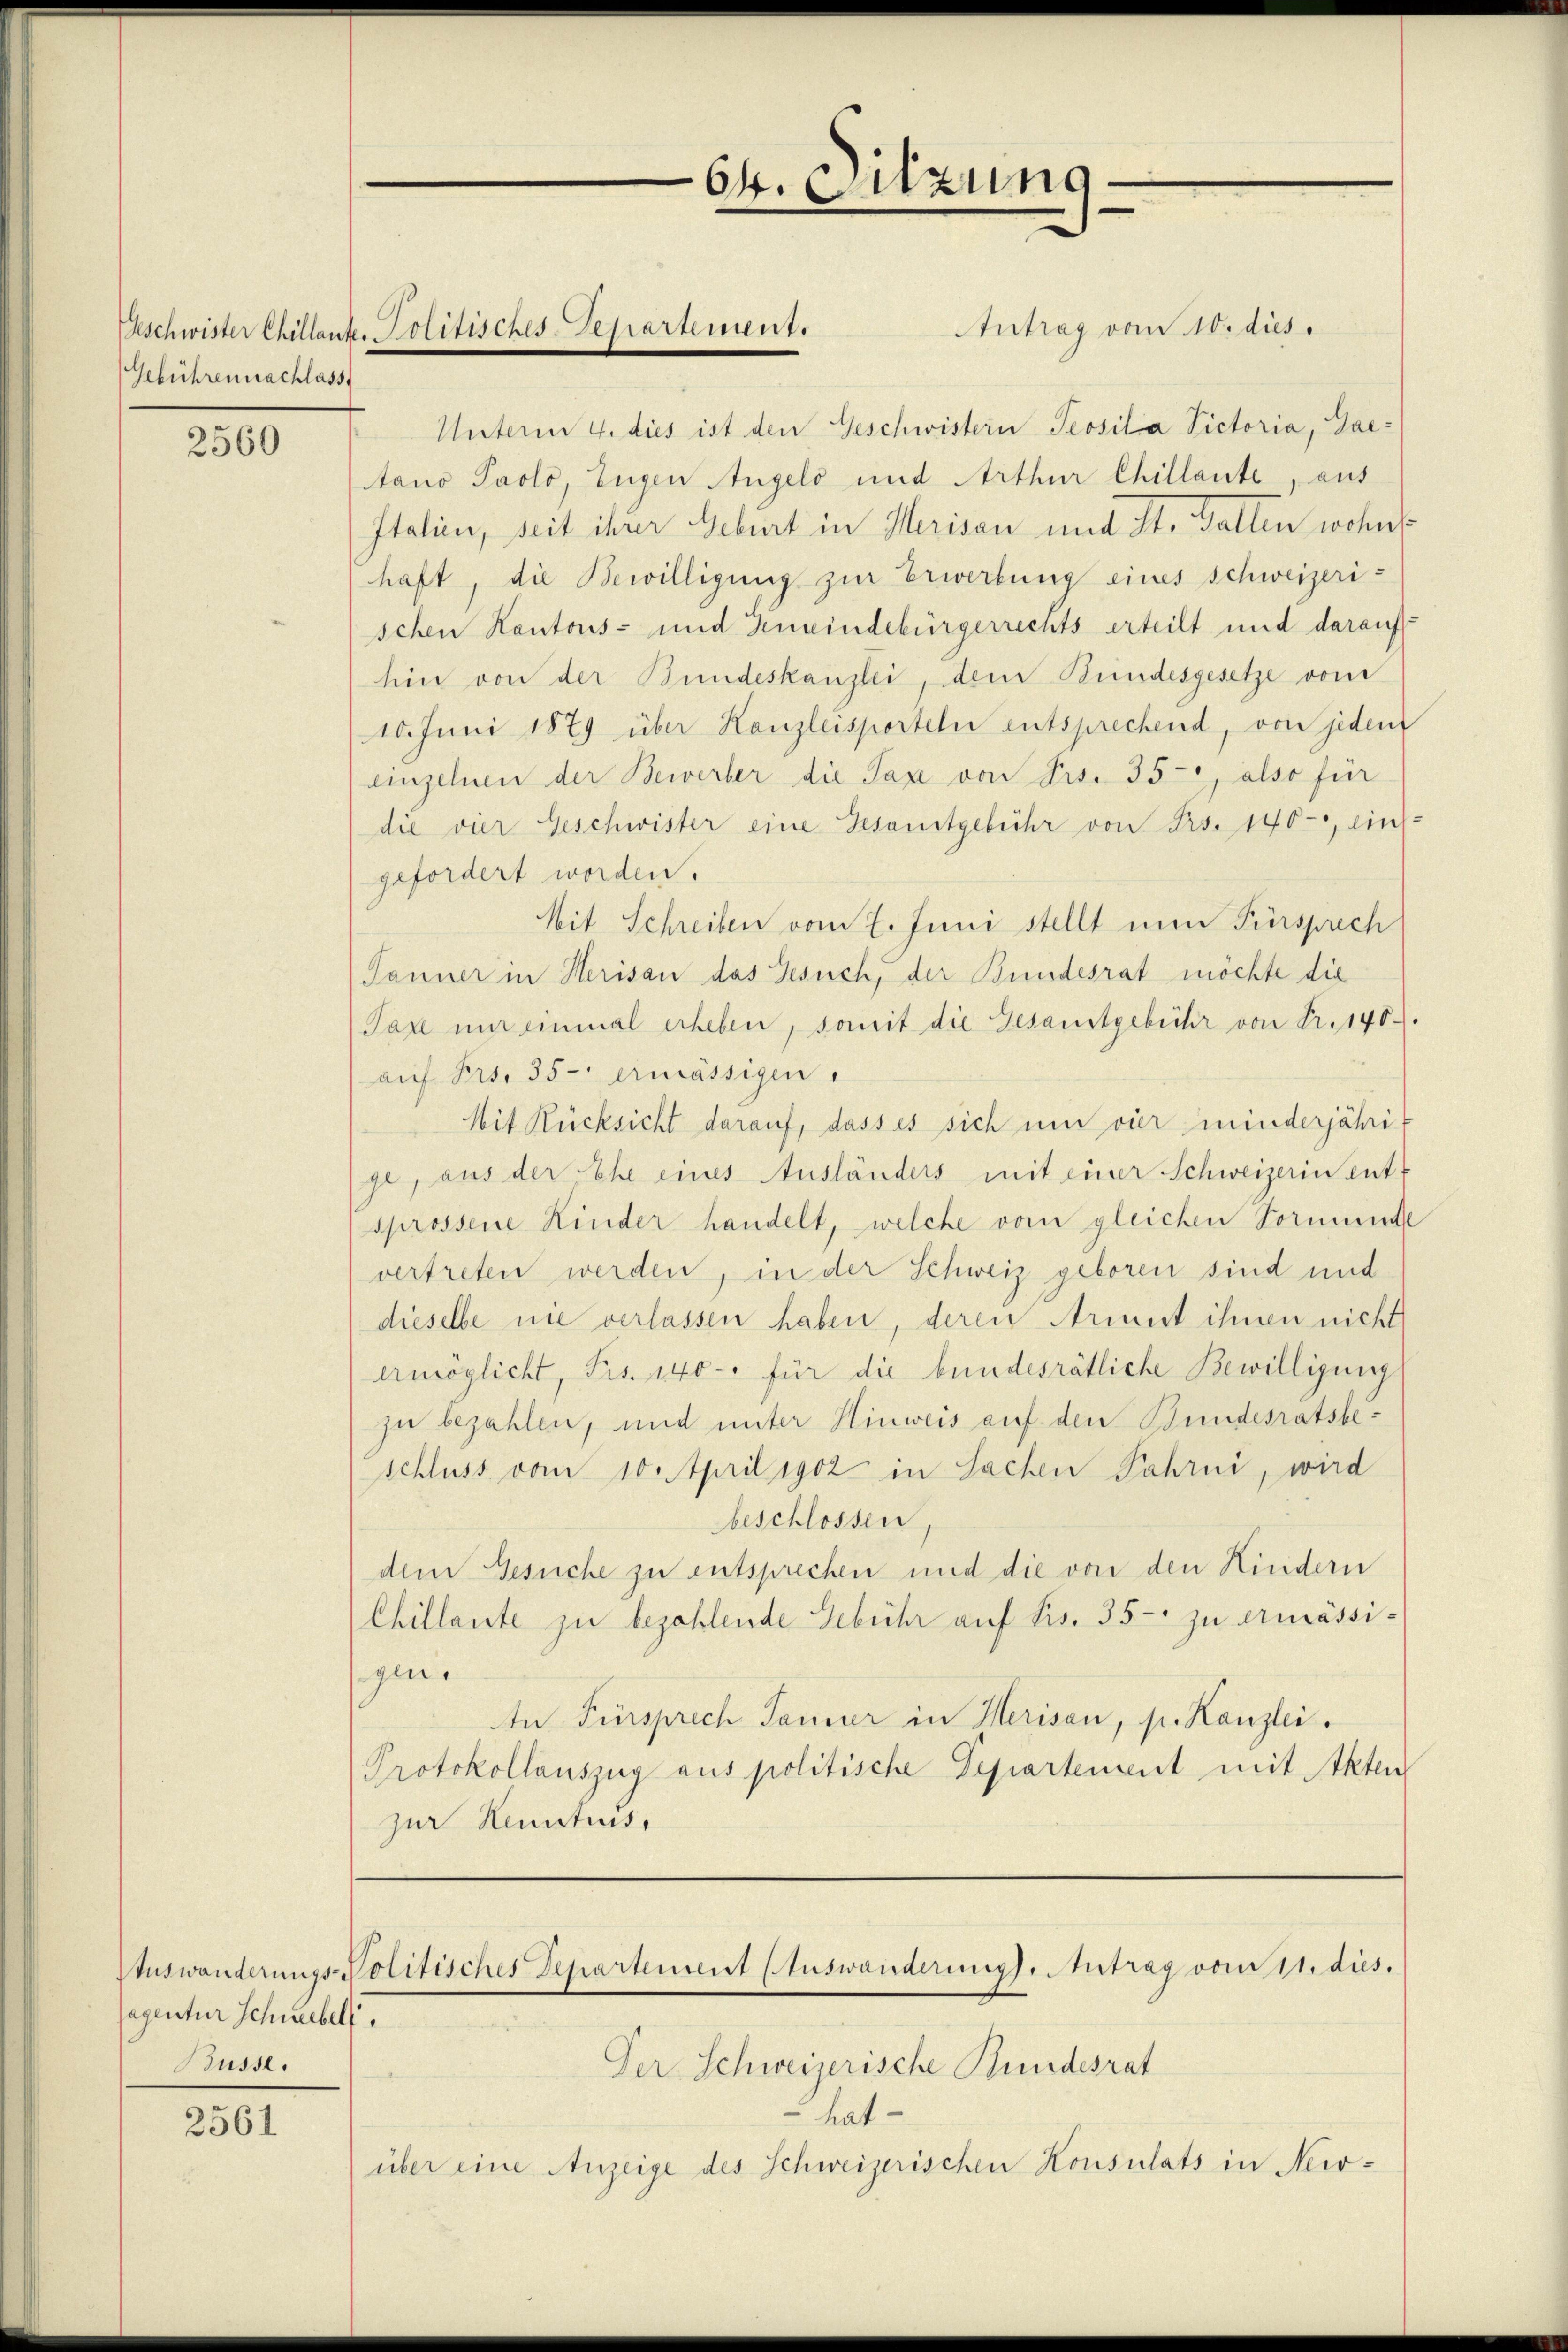
Gebühren nachlass

2560

sagentur Schneebel,
Büsse.

2561

Antrag vom 10. dies
Unterm 4. dies ist den Geschwistern Teosila Pictoria, Gae-
tano Paolo, Eugen Angelo und Arthur Chillante, aus
Italien, seit ihrer Geburt in Herisau und St. Galten wohn
haft, die Bewilligung zur Erwerbung eines Schweizerischen Kantons- und Gemeindebürgerrechts erteilt und darauf
hin von der Bundeskanzlei, dem Bundesgesetze vom
10. Juni 1879 über Kanzleisporteln entsprechend, von jeden
einzelnen der Bewerber die Tax von Frs. 35, also für
die vier Geschwister eine Gesamtgebühr von Frs. 140. Eins
gefordert worden.
Mit Schreiben vom 7. Juni stellt nun Fürsprech
Panner in Herisau das Gesuch, der Bundesrat möchte die
Paxe mir einmal erheben, somit die Gesandtgebühr von Fr. 140.
aŭf Frs. 35 ermässigen.
Mit Rücksicht darauf, dass es sich und vier minderjährige, aus der Ehe eines Ausländers mit einer Schweizerin ent-
sprossene Kinder handelt, welche vom gleichen Vormunde
vertreten werden, in der Schweiz geboren sind und
dieselbe nie verlassen haben, deren Arinnt ihnen nicht
ermöglicht, Frs. 140 - für die bundesrätliche Bewilligung
zu bezahlen, und unter Hinweis auf den Bundesratsbeschluss vom 10. April 1902 in Sachen Fahrni, wird
bbeschlossen,
dem Gesuche zu entsprechen und die von den Kindern
Chillante zu bezahlende Gebühr auf Frs. 35 - zu ermässigli¬
An Fürsprech Sauer in Herisau, p. Kanzlei.
Protokollauszug aus politische Departement mit Akten
zur Heuntius,

Beschwister Chillank. Politisches-Departement.

64. Sitzung

Auswanderungs-Politisches Departement (Auswanderungs- Antrag vom 11. dies.

Der Schweizerische Bundesrat
hat
über eine Anzeige des Schweizerischen Konsulats in New-